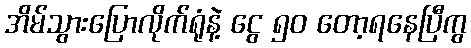
အိမ်သွားပြောလိုက်ရုံနဲ့ ငွေ ၅၀ တော့ရနေပြီကွ